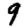
Digit: 9